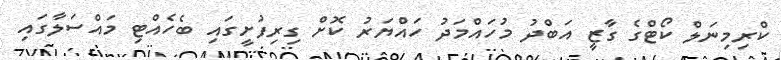
ކްރިމިނަލް ކޯޓްގެ ގާޒީ އަބްދު މުހައްމަދު ހައްޔަރު ކޮށް ގިރިފުށީގައި ބެހެއްޓި މައްސަލާގައި